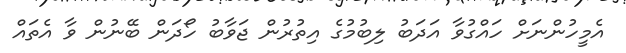
އެމީހުންނަށް ހައްގުވާ އަދަބު ލިބުމުގެ އިތުރުން ޖަވާބު ހޯދަން ބޭނުން ވާ އެތައް